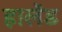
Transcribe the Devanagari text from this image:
हालेंड